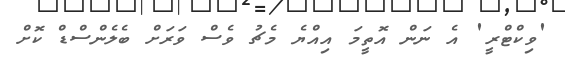
'ވިކްޓްރީ' އެ ނަން އޮތީމަ އިއްޔެ މެޗު ވެސް ވަރަށް ބެލެންސްޑް ކޮށް